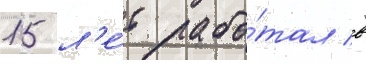
15 л'е́т рабо́тал в